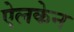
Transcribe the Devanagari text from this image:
ऐलकेन